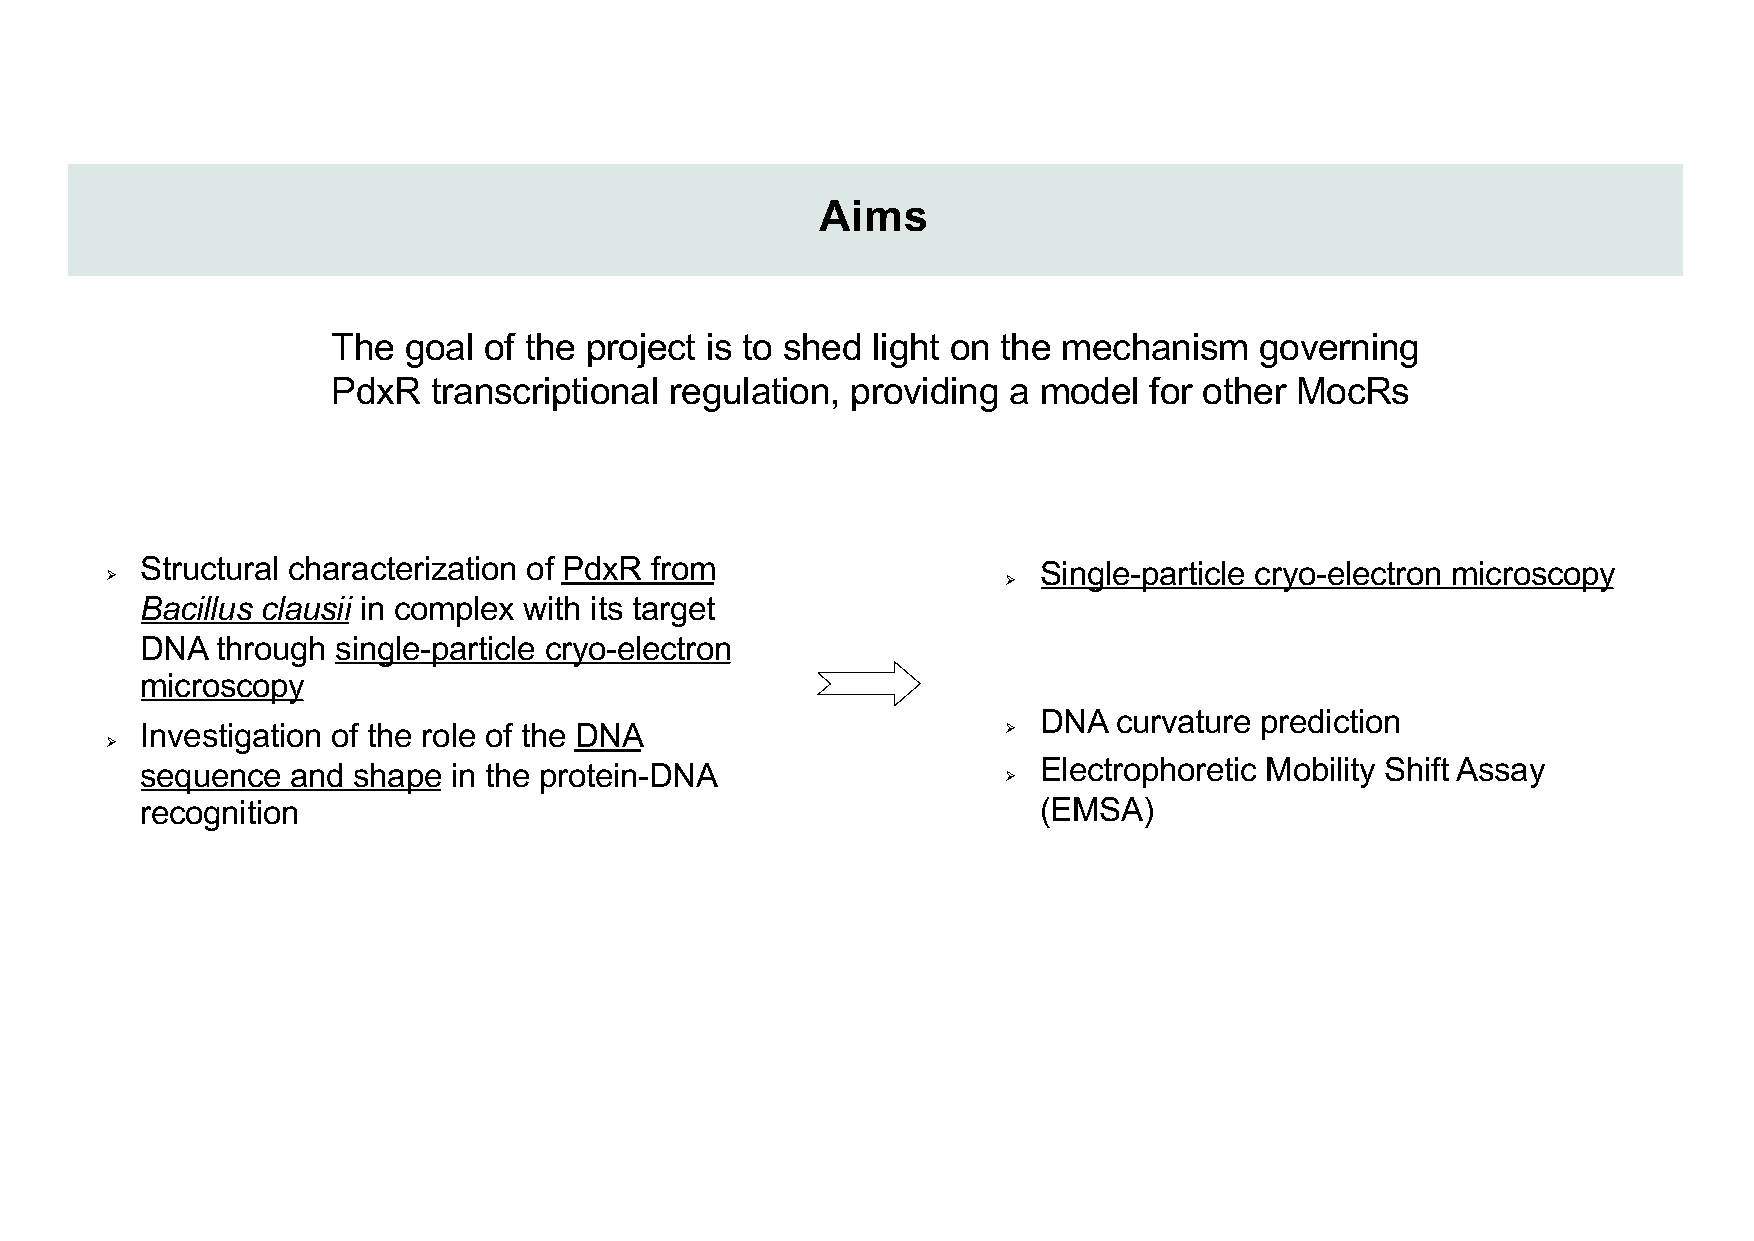
Aims
 The  goal of the project is to shed light on the mechanism   governing
 PdxR   transcriptional regulation, providing a model  for other MocRs
 Ø Structural characterization of PdxR from                  Ø Single-particle cryo-electron microscopy
 Bacillus clausii in complex with its target
 DNA  through single-particle cryo-electron
 microscopy
 DNA  curvature prediction
 Investigation of the role of the DNA                      Ø
 Ø
 sequence  and shape  in the protein-DNA                   Ø Electrophoretic Mobility Shift Assay
 recognition                                                 (EMSA)